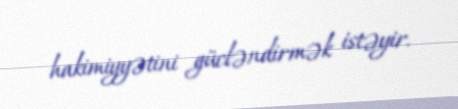
hakimiyyətini gücləndirmək istəyir.